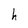
Character: h